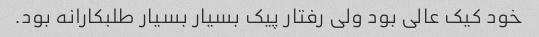
خود کیک عالی بود ولی رفتار پیک بسیار بسیار طلبکارانه بود.